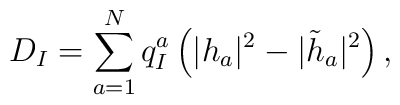
D_I = \sum_{a=1}^{N} q_I^a \left( |h_a|^2 - |\tilde h_a|^2 \right),